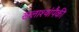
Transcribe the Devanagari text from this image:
खलाश्यांपैकी